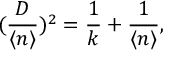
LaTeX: ( \frac { D } { \langle n \rangle } ) ^ { 2 } = \frac { 1 } { k } + \frac { 1 } { \langle n \rangle } ,